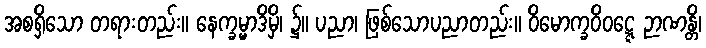
အစရှိသော တရားတည်း။ နေက္ခမ္မာဒိမှိ၊ ၌။ ပညာ၊ ဖြစ်သောပညာတည်း။ ဝိမောက္ခဝိဝဋ္ဋေ ဉာဏန္တိ၊